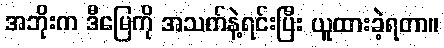
အဘိုးက ဒီမြေကို အသက်နဲ့ရင်းပြီး ယူထားခဲ့ရတာ။